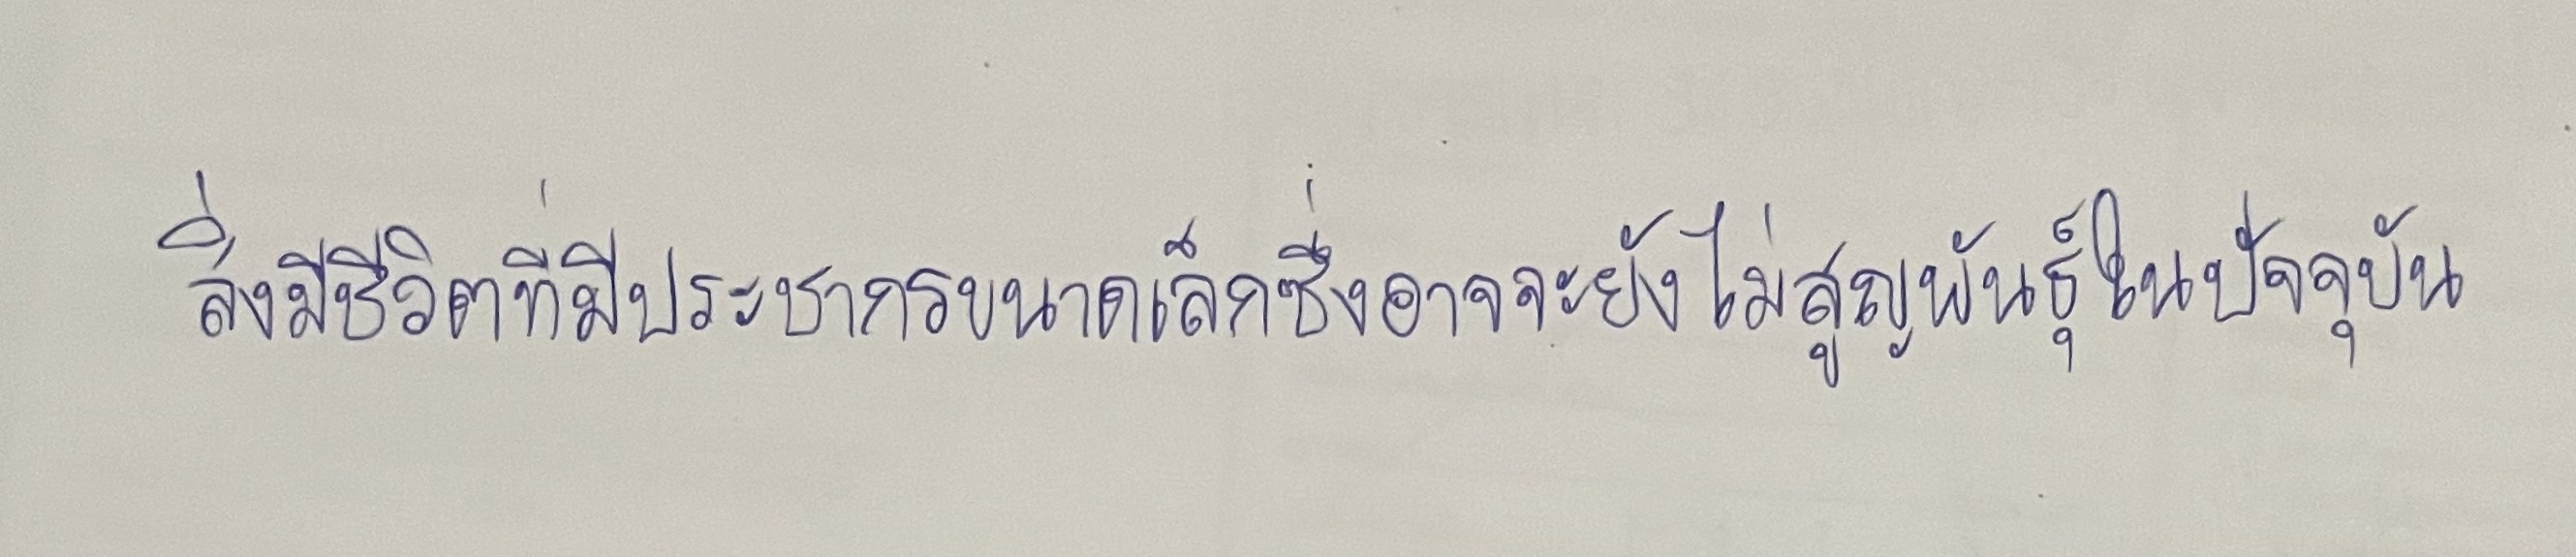
สิ่งมีชีวิตที่มีประชากรขนาดเล็กซึ่งอาจจะยังไม่สูญพันธุ์ในปัจจุบัน